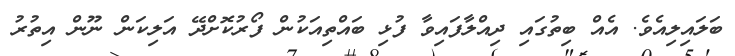
ބަލައިލިއެވެ. އެއް ބިތުގައި ދިއްލާފައިވާ ފުޅި ބައްތިއަކުން ފޯރުކޮށްދޭ އަލިކަން ނޫން އިތުރު